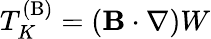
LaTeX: T_{K}^{(\mathrm{{B}})}=({\mathbf{B}}\cdot\nabla)W